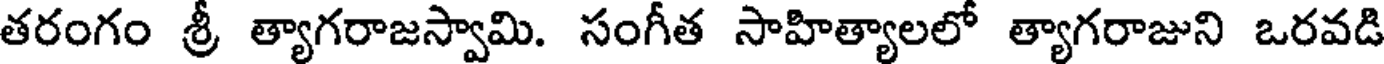
తరంగం శ్రీ త్యాగరాజస్వామి. సంగీత సాహిత్యాలలో త్యాగరాజుని ఒరవడి